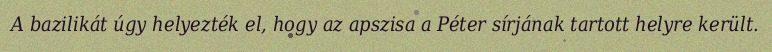
A bazilikát úgy helyezték el, hogy az apszisa a Péter sírjának tartott helyre került.